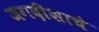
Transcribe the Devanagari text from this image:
जगदीशाचे